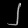
Digit: ၂